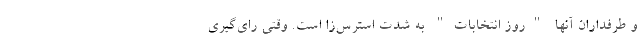
و طرفداران آنها "روز انتخابات" به شدت استرس‌زا است. وقتی رای‌گیری